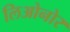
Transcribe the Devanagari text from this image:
लिओनोर